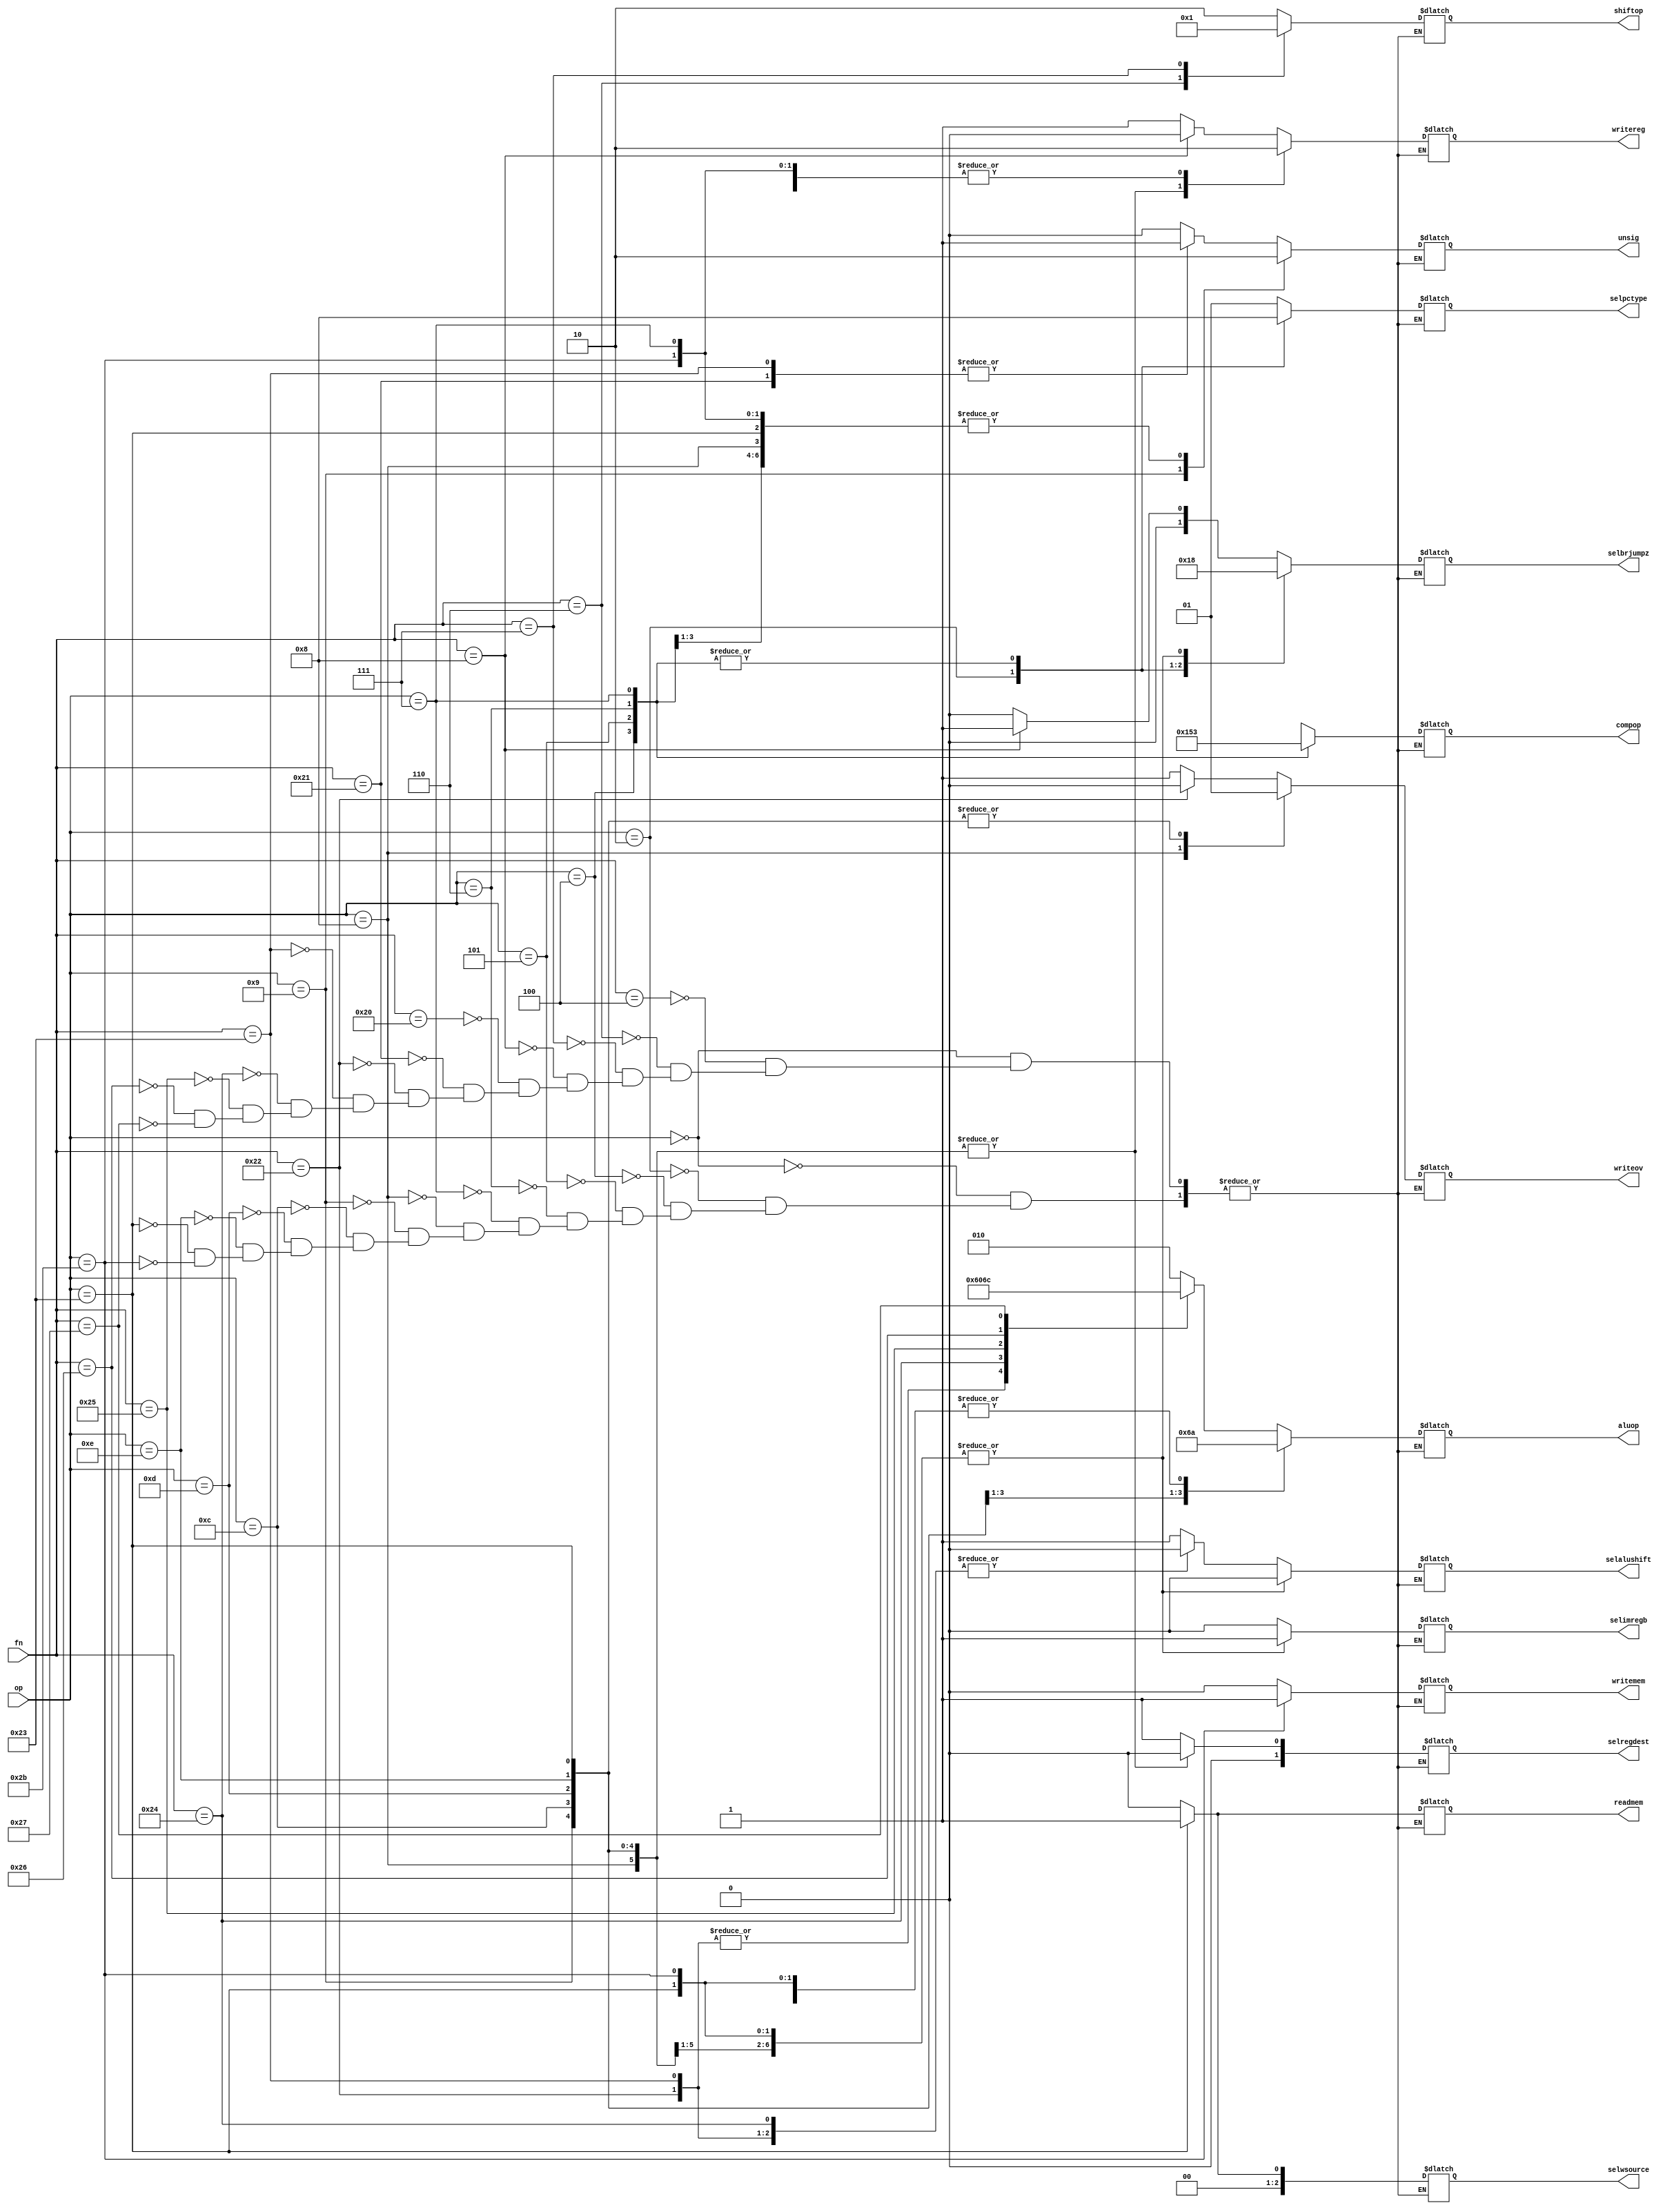
/* sudolshw@gmail.com */

module Control
(
	input[5:0] op,
	input[5:0] fn,
	output reg [2:0] selwsource,
	output reg [1:0] selregdest,
	output reg  writereg,
	output reg  writeov,
	output reg  selimregb,
	output reg  selalushift,
	output reg [2:0] aluop,
	output reg [1:0] shiftop,
	output reg  readmem,
	output reg  writemem,
	output reg [1:0] selbrjumpz,
	output reg [1:0] selpctype,
	output reg [2:0] compop,
	output reg  unsig
);

	always @ (op or fn)
		casex(op)
			6'b000000 : begin // SLLV,SRLV,SRAV,JR,ADD,ADDU,SUB,SUBU,AND,OR,XOR,NOR
					casex(fn)
						6'b000100 : begin // SLLV,
									//$display("@%0dns SLLV, op %b",$time,op);
									selwsource <= 3'b000;
									selregdest <= 2'b01; // RD
									writereg <= 1'b1;
									writeov <= 1'b1;
									selimregb <= 1'b0;
									selalushift <= 1'b1;
									aluop <= 3'bxxx;
									shiftop <= 2'b10; // left lgico
									readmem <= 1'b0;
									writemem <= 1'b0;
									selbrjumpz <= 2'b00;
									selpctype <= 2'bxx;
									compop <= 3'bxxx;
									unsig <= 1'bx;
								end
						6'b000110 : begin // SRLV,
									//$display("@%0dns SRLV, op %b",$time,op);
									selwsource <= 3'b000;
									selregdest <= 2'b01; // RD
									writereg <= 1'b1;
									writeov <= 1'b1;
									selimregb <= 1'b0;
									selalushift <= 1'b1;
									aluop <= 3'bxxx;
									shiftop <= 2'b00; // right lgico
									readmem <= 1'b0;
									writemem <= 1'b0;
									selbrjumpz <= 2'b00;
									selpctype <= 2'bxx;
									compop <= 3'bxxx;
									unsig <= 1'bx;
								end
						6'b000111 : begin // SRAV,
									//$display("@%0dns SRAV, op %b",$time,op);
									selwsource <= 3'b000;
									selregdest <= 2'b01; // RD
									writereg <= 1'b1;
									writeov <= 1'b1;
									selimregb <= 1'b0;
									selalushift <= 1'b1;
									aluop <= 3'bxxx;
									shiftop <= 2'b01; // right aritm
									readmem <= 1'b0;
									writemem <= 1'b0;
									selbrjumpz <= 2'b00;
									selpctype <= 2'bxx;
									compop <= 3'bxxx;
									unsig <= 1'bx;
								end
						6'b001000 : begin // JR,
									selwsource <= 3'bxxx;
									selregdest <= 2'bxx; // Nenhum
									writereg <= 1'b0;
									writeov <= 1'bx;
									selimregb <= 1'bx;
									selalushift <= 1'bx;
									aluop <= 3'bxxx;
									shiftop <= 2'bxx; // nenhum
									readmem <= 1'b0;
									writemem <= 1'b0;
									selbrjumpz <= 2'b01;
									selpctype <= 2'b01; //RS
									compop <= 3'bxxx;
									unsig <= 1'bx;
								end
						6'b100000 : begin // ADD,
									//$display("@%0dns ADD, op %b",$time,op);
									selwsource <= 3'b000;
									selregdest <= 2'b01; // RD
									writereg <= 1'b1;
									writeov <= 1'b1;
									selimregb <= 1'b0;
									selalushift <= 1'b0;
									aluop <= 3'b010; //Soma
									shiftop <= 2'bxx; // nenhum
									readmem <= 1'b0;
									writemem <= 1'b0;
									selbrjumpz <= 2'b00;
									selpctype <= 2'bxx; //PC
									compop <= 3'bxxx;
									unsig <= 1'b0;
								end
						6'b100001 : begin // ADDU,
									//$display("@%0dns ADDU, op %b",$time,op);
									selwsource <= 3'b000;
									selregdest <= 2'b01; // RD
									writereg <= 1'b1;
									writeov <= 1'b1;
									selimregb <= 1'b0;
									selalushift <= 1'b0;
									aluop <= 3'b010; //soma
									shiftop <= 2'bxx; // nenhum
									readmem <= 1'b0;
									writemem <= 1'b0;
									selbrjumpz <= 2'b00;
									selpctype <= 2'bxx; //PC
									compop <= 3'bxxx;
									unsig <= 1'b1;
								end
						6'b100010 : begin // SUB,
									//$display("@%0dns SUB, op %b",$time,op);
									selwsource <= 3'b000;
									selregdest <= 2'b01; // RD
									writereg <= 1'b1;
									writeov <= 1'b0;
									selimregb <= 1'b0;
									selalushift <= 1'b0;
									aluop <= 3'b110; // subtrao
									shiftop <= 2'bxx; // nenhum
									readmem <= 1'b0;
									writemem <= 1'b0;
									selbrjumpz <= 2'b00;
									selpctype <= 2'bxx; //PC
									compop <= 3'bxxx; // nenhum
									unsig <= 1'bx;
								end
						6'b100011 : begin // SUBU,
									//$display("@%0dns SUBU, op %b",$time,op);
									selwsource <= 3'b000;
									selregdest <= 2'b01; // RD
									writereg <= 1'b1;
									writeov <= 1'b1;
									selimregb <= 1'b0;
									selalushift <= 1'b0;
									aluop <= 3'b110; // subtrao
									shiftop <= 2'bxx; // nenhum
									readmem <= 1'b0;
									writemem <= 1'b0;
									selbrjumpz <= 2'b00;
									selpctype <= 2'bxx; //PC
									compop <= 3'bxxx; // nenhum
									unsig <= 1'b1;
								end
						6'b100100 : begin // AND,
									//$display("@%0dns AND, op %b",$time,op);
									selwsource <= 3'b000;
									selregdest <= 2'b01; // RD
									writereg <= 1'b1;
									writeov <= 1'b1;
									selimregb <= 1'b0;
									selalushift <= 1'b0;
									aluop <= 3'b000; // and lgico
									shiftop <= 2'bxx; // nenhum
									readmem <= 1'b0;
									writemem <= 1'b0;
									selbrjumpz <= 2'b00;
									selpctype <= 2'bxx; //PC
									compop <= 3'bxxx; // nenhum
									unsig <= 1'bx;
								end
						6'b100101 : begin // OR,
									//$display("@%0dns OR, op %b",$time,op);
									selwsource <= 3'b000;
									selregdest <= 2'b01; // RD
									writereg <= 1'b1;
									writeov <= 1'b1;
									selimregb <= 1'b0;
									selalushift <= 1'b0;
									aluop <= 3'b001; // or lgico
									shiftop <= 2'bxx; // nenhum
									readmem <= 1'b0;
									writemem <= 1'b0;
									selbrjumpz <= 2'b00;
									selpctype <= 2'bxx; //PC
									compop <= 3'bxxx; // nenhum
									unsig <= 1'bx;
								end
						6'b100110 : begin // XOR,
									//$display("@%0dns XOR, op %b",$time,op);
									selwsource <= 3'b000;
									selregdest <= 2'b01; // RD
									writereg <= 1'b1;
									writeov <= 1'b1;
									selimregb <= 1'b0;
									selalushift <= 1'b0;
									aluop <= 3'b101; // xor lgico
									shiftop <= 2'bxx; // nenhum
									readmem <= 1'b0;
									writemem <= 1'b0;
									selbrjumpz <= 2'b00;
									selpctype <= 2'bxx; //PC
									compop <= 3'bxxx; // nenhum
									unsig <= 1'bx;
								end
						6'b100111 : begin // NOR
									//$display("@%0dns NOR, op %b",$time,op);
									selwsource <= 3'b000;
									selregdest <= 2'b01; // RD
									writereg <= 1'b1;
									writeov <= 1'b1;
									selimregb <= 1'b0;
									selalushift <= 1'b0;
									aluop <= 3'b100; // nor lgico
									shiftop <= 2'bxx; // nenhum
									readmem <= 1'b0;
									writemem <= 1'b0;
									selbrjumpz <= 2'b00;
									selpctype <= 2'bxx; //PC
									compop <= 3'bxxx; // nenhum
									unsig <= 1'bx;
								end
					endcase

					end
			6'b000010 : begin // J
						//$display("@%0dns J, op %b",$time,op);
						selwsource <= 3'bxxx;
						selregdest <= 2'bxx; // nenhum
						writereg <= 1'b0;
						writeov <= 1'bx;
						selimregb <= 1'bx;
						selalushift <= 1'bx;
						aluop <= 3'bxxx; //nenhum
						shiftop <= 2'bxx; // nenhum
						readmem <= 1'b0;
						writemem <= 1'b0;
						selbrjumpz <= 2'b01;
						selpctype <= 2'b10; //index
						compop <= 3'bxxx;
						unsig <= 1'bx;
					end
			6'b000100 : begin // BEQ
						//$display("@%0dns BEQ, op %b",$time,op);
						selwsource <= 3'bxxx;
						selregdest <= 2'bxx; // nenhum
						writereg <= 1'b0;
						writeov <= 1'bx;
						selimregb <= 1'bx;
						selalushift <= 1'bx;
						aluop <= 3'bxxx; // nenhum
						shiftop <= 2'bxx; // nenhum
						readmem <= 1'b0;
						writemem <= 1'b0;
						selbrjumpz <= 2'b10;
						selpctype <= 2'b00; // pc + lm
						compop <= 3'b000; // =
						unsig <= 1'b0;
					end
			6'b000101 : begin // BNE
						//$display("@%0dns BEQ, op %b",$time,op);
						selwsource <= 3'bxxx;
						selregdest <= 2'bxx; // nenhum
						writereg <= 1'b0;
						writeov <= 1'bx;
						selimregb <= 1'bx;
						selalushift <= 1'bx;
						aluop <= 3'bxxx; // nenhum
						shiftop <= 2'bxx; // nenhum
						readmem <= 1'b0;
						writemem <= 1'b0;
						selbrjumpz <= 2'b10;
						selpctype <= 2'b00; // pc + lm
						compop <= 3'b101; // !=
						unsig <= 1'b0;
					end
			6'b000110 : begin // BLEZ
						//$display("@%0dns BLEZ, op %b",$time,op);
						selwsource <= 3'bxxx;
						selregdest <= 2'bxx; // nenhum
						writereg <= 1'b0;
						writeov <= 1'bx;
						selimregb <= 1'bx;
						selalushift <= 1'bx;
						aluop <= 3'bxxx; // nenhum
						shiftop <= 2'bxx; // nenhum
						readmem <= 1'b0;
						writemem <= 1'b0;
						selbrjumpz <= 2'b10;
						selpctype <= 2'b00; // pc + lm
						compop <= 3'b010; // <= 0
						unsig <= 1'b0;
					end
			6'b000111 : begin // BGTZ
						//$display("@%0dns BGTZ, op %b",$time,op);
						selwsource <= 3'bxxx;
						selregdest <= 2'bxx; // nenhum
						writereg <= 1'b0;
						writeov <= 1'bx;
						selimregb <= 1'bx;
						selalushift <= 1'bx;
						aluop <= 3'bxxx; // nenhum
						shiftop <= 2'bxx; // nenhum
						readmem <= 1'b0;
						writemem <= 1'b0;
						selbrjumpz <= 2'b10;
						selpctype <= 2'b00; // pc + lm
						compop <= 3'b011; // > 0
						unsig <= 1'b0;
					end
			6'b001000 : begin // ADDI
						//$display("@%0dns ADDI, op %b",$time,op);
						selwsource <= 3'b000;
						selregdest <= 2'b00; // RT
						writereg <= 1'b1;
						writeov <= 1'b0;
						selimregb <= 1'b1;
						selalushift <= 1'b0;
						aluop <= 3'b010; //Soma
						shiftop <= 2'bxx; // Nenhum
						readmem <= 1'b0;
						writemem <= 1'b0;
						selbrjumpz <= 2'b00;
						selpctype <= 2'bxx; // PC
						compop <= 3'bxxx;
						unsig <= 1'b0;
					end
			6'b001001 : begin // ADDIU
						//$display("@%0dns ADDIU, op %b",$time,op);
						selwsource <= 3'b000;
						selregdest <= 2'b00; // RT
						writereg <= 1'b1;
						writeov <= 1'b1;
						selimregb <= 1'b1;
						selalushift <= 1'b0;
						aluop <= 3'b010; //Soma
						shiftop <= 2'bxx; // Nenhum
						readmem <= 1'b0;
						writemem <= 1'b0;
						selbrjumpz <= 2'b00;
						selpctype <= 2'bxx; // PC
						compop <= 3'bxxx;
						unsig <= 1'b1;
					end
			6'b001100 : begin // ANDI
						//$display("@%0dns ANDI, op %b",$time,op);
						selwsource <= 3'b000;
						selregdest <= 2'b00; // RT
						writereg <= 1'b1;
						writeov <= 1'b1;
						selimregb <= 1'b1;
						selalushift <= 1'b0;
						aluop <= 3'b000; // And lgico
						shiftop <= 2'bxx; // Nenhum
						readmem <= 1'b0;
						writemem <= 1'b0;
						selbrjumpz <= 2'b00;
						selpctype <= 2'bxx; // PC
						compop <= 3'bxxx;
						unsig <= 1'bx;
					end
			6'b001101 : begin // ORI
						//$display("@%0dns ORI, op %b",$time,op);
						selwsource <= 3'b000;
						selregdest <= 2'b00; // RT
						writereg <= 1'b1;
						writeov <= 1'b1;
						selimregb <= 1'b1;
						selalushift <= 1'b0;
						aluop <= 3'b001; // or lgico
						shiftop <= 2'bxx; // Nenhum
						readmem <= 1'b0;
						writemem <= 1'b0;
						selbrjumpz <= 2'b00;
						selpctype <= 2'bxx; // PC
						compop <= 3'bxxx;
						unsig <= 1'bx;
					end
			6'b001110 : begin // XORI
						//$display("@%0dns XORI, op %b",$time,op);
						selwsource <= 3'b000;
						selregdest <= 2'b00; // RT
						writereg <= 1'b1;
						writeov <= 1'b1;
						selimregb <= 1'b1;
						selalushift <= 1'b0;
						aluop <= 3'b101; // xor lgico
						shiftop <= 2'bxx; // Nenhum
						readmem <= 1'b0;
						writemem <= 1'b0;
						selbrjumpz <= 2'b00;
						selpctype <= 2'bxx; // PC
						compop <= 3'bxxx;
						unsig <= 1'bx;
					end
			6'b100011 : begin // LW
						//$display("@%0dns LW, op %b",$time,op);
						selwsource <= 3'b001;
						selregdest <= 2'b00; // RT
						writereg <= 1'b1;
						writeov <= 1'b1;
						selimregb <= 1'b1;
						selalushift <= 1'b0;
						aluop <= 3'b010; // soma
						shiftop <= 2'bxx; // nenhum
						readmem <= 1'b1;
						writemem <= 1'b0;
						selbrjumpz <= 2'b00;
						selpctype <= 2'bxx; // PC
						compop <= 3'bxxx;
						unsig <= 1'b0;
					end
			6'b101011 : begin // SW
						//$display("@%0dns SW, op %b",$time,op);
						selwsource <= 3'bxxx;
						selregdest <= 2'bxx; // nenhum
						writereg <= 1'b0;
						writeov <= 1'bx;
						selimregb <= 1'b1;
						selalushift <= 1'b0;
						aluop <= 3'b010; // soma
						shiftop <= 2'bxx; // nenhum
						readmem <= 1'b0;
						writemem <= 1'b1;
						selbrjumpz <= 2'b00;
						selpctype <= 2'bxx; // PC
						compop <= 3'bxxx;
						unsig <= 1'b0;
					end

		  default : begin
				//$display("@%0dns default is selected, op %b",$time,op);
				//no fazer nada torna esse cara um latch
				//e atribuir o valor de antes um fio....
				end
		endcase

endmodule